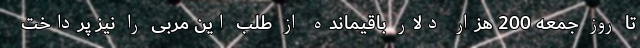
تا روز جمعه 200 هزار دلار باقیمانده از طلب این مربی را نیز پرداخت